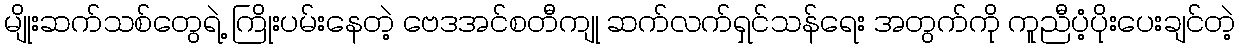
မျိုးဆက်သစ်တွေရဲ့ ကြိုးပမ်းနေတဲ့ ဗေဒအင်စတီကျု ဆက်လက်ရှင်သန်ရေး အတွက်ကို ကူညီပံ့ပိုးပေးချင်တဲ့